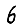
Digit: 6